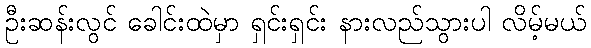
ဦးဆန်းလွင် ခေါင်းထဲမှာ ရှင်းရှင်း နားလည်သွားပါ လိမ့်မယ်